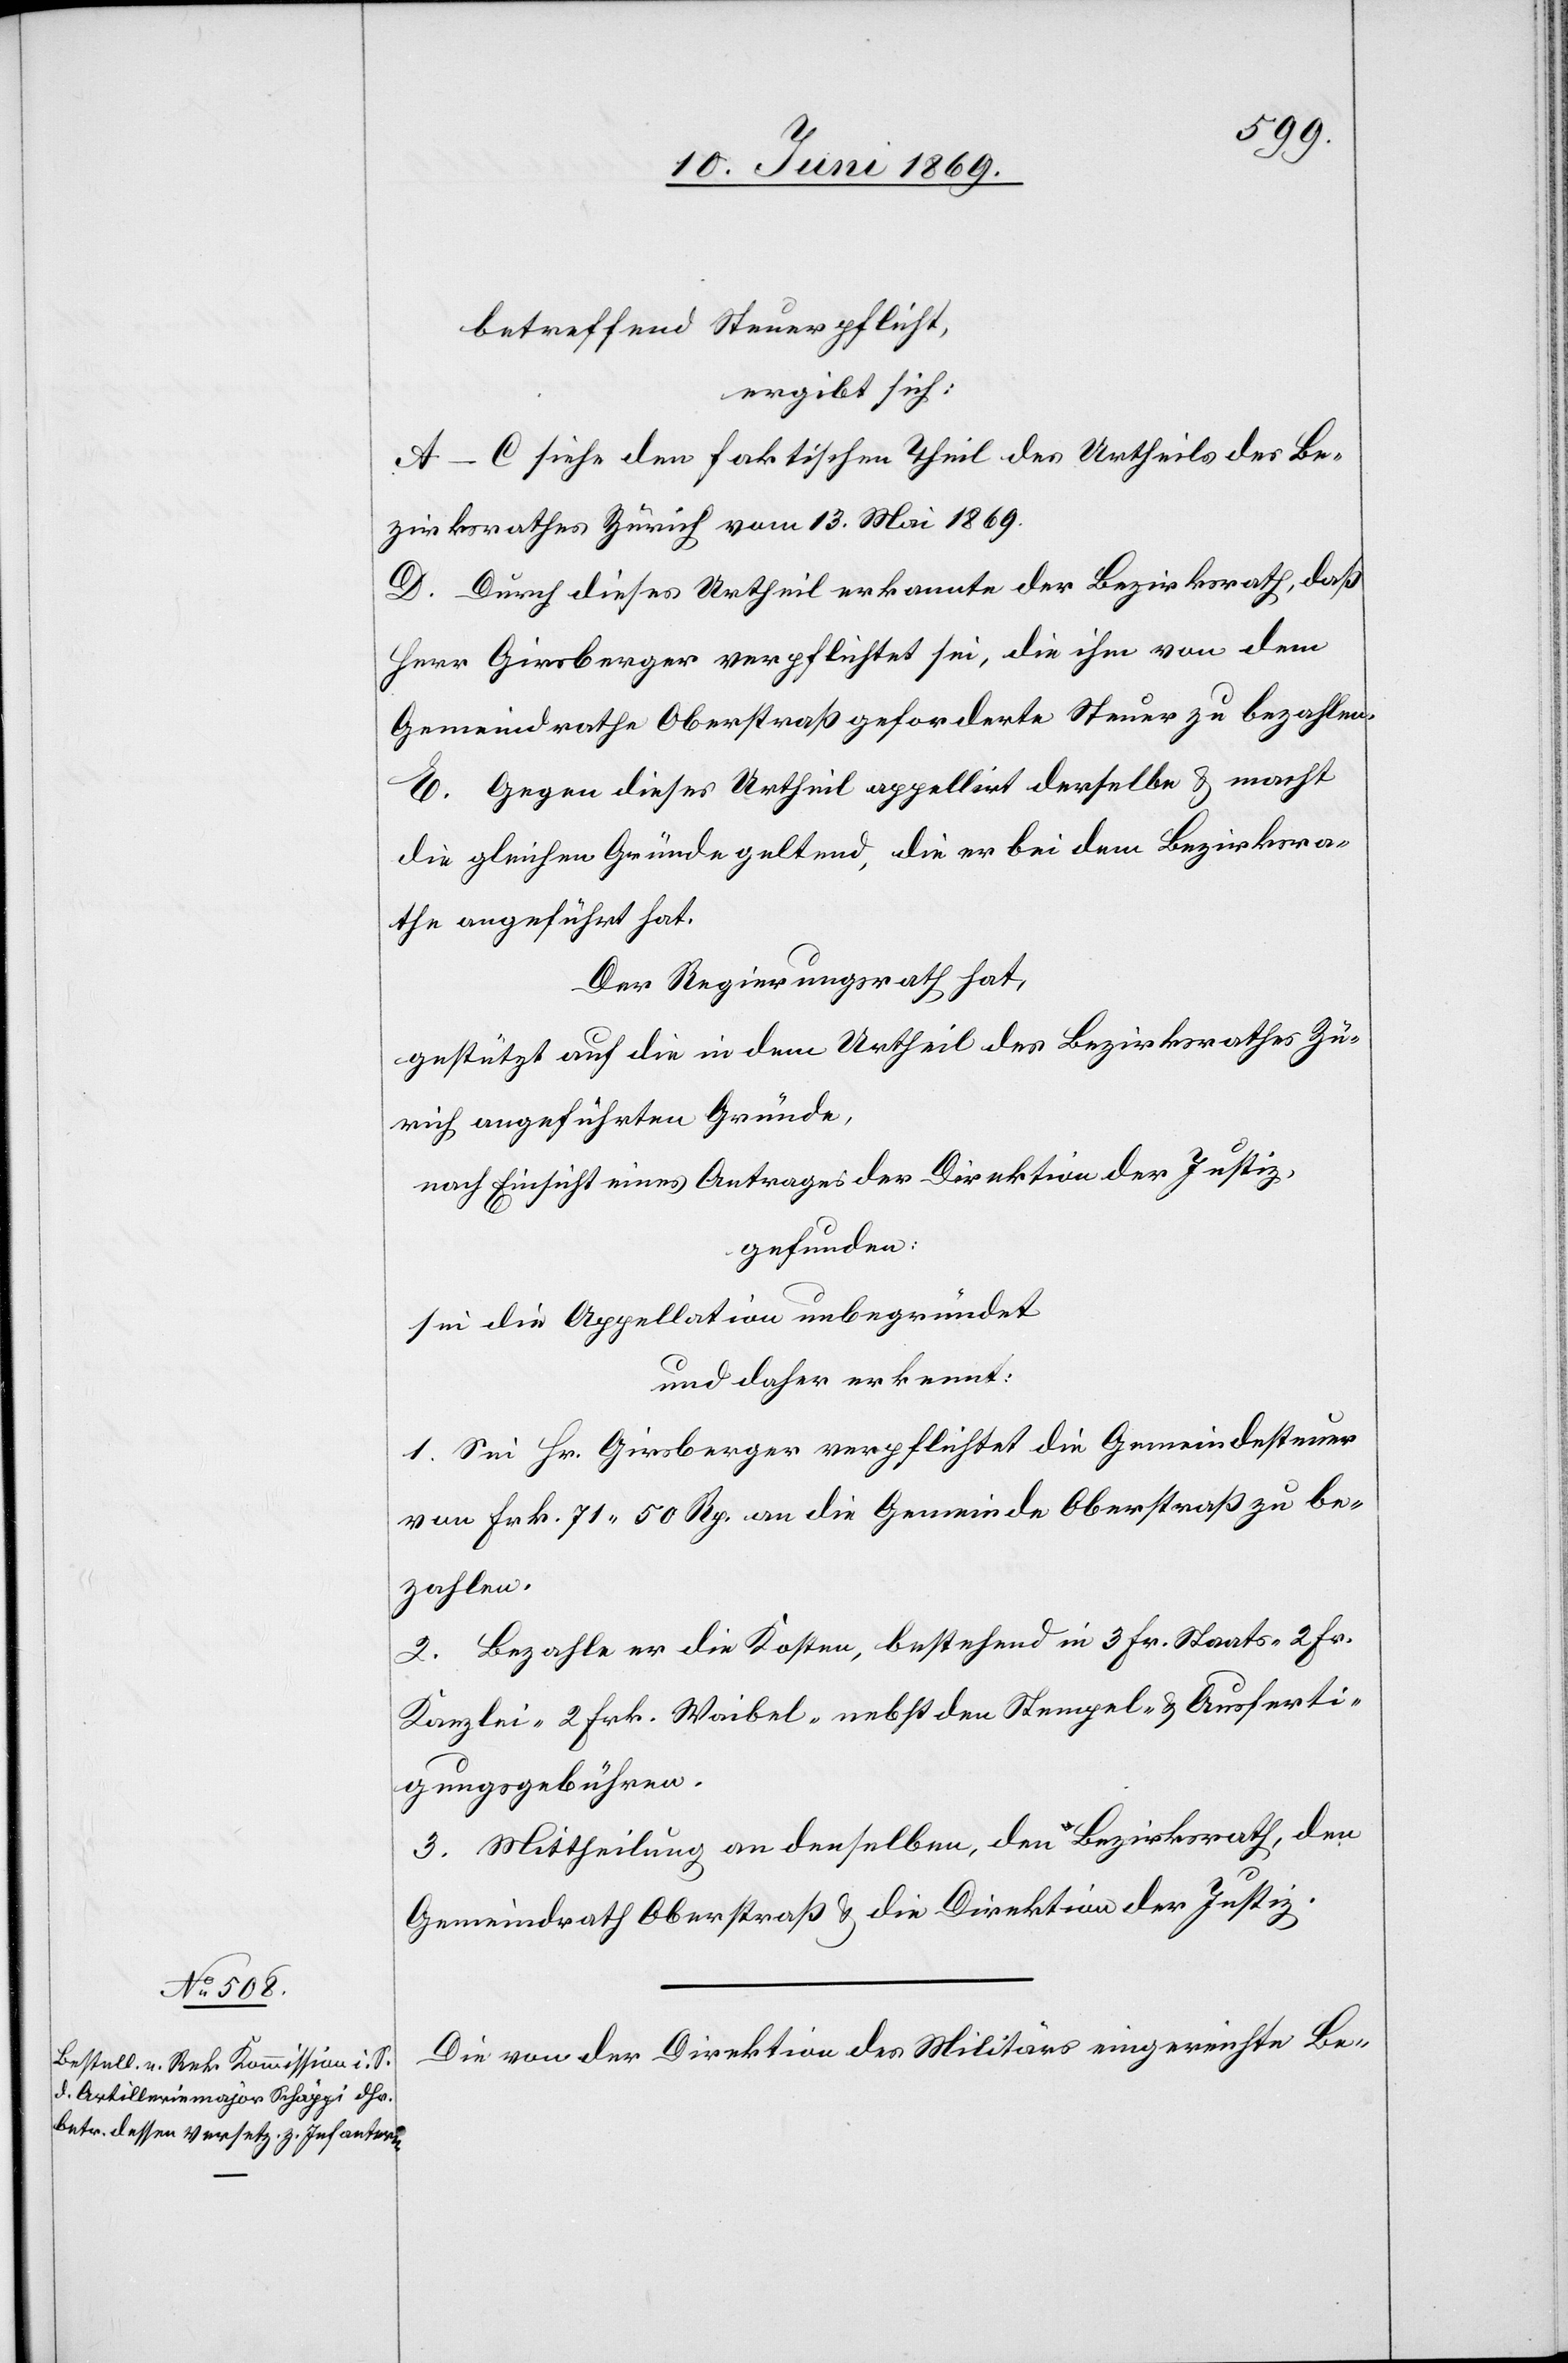
betreffend Steuerpflicht,
ergibt sich:
A–C. siehe dem faktischen Theil des Urtheils des Be¬
zirksrathes Zürich vom 13. Mai 1869.
Durch dieses Urtheil erkannte der Bezirksrath, daß
Herr Girsberger verpflichtet sei, die ihm von dem
Gemeindrathe Oberstraß geforderte Steuer zu bezahlen.
E. Gegen dieses Urtheil appellirt derselbe u. macht
die gleichen Gründe geltend, die er bei dem Bezirksra¬
the angeführt hat.
Der Regierungsrath hat,
gestützt auf die in dem Urtheil des Bezirksrathes Zü¬
rich angeführten Gründe,
nach Einsicht eines Antrages der Direktion der Justiz,
gefunden:
sei die Appellation unbegründet
und daher erkennt:
1. Sei Hr. Girsberger verpflichtet die Gemeindesteuer
von Frk. 71.50 Rp. an die Gemeinde Oberstraß zu be¬
zahlen.
2. Bezahle er die Kosten, bestehend in 3 Fr. Staats- 2 Fr.
Kanzlei- 2 Frk. Waibel- nebst den Stempel- u. Ausferti¬
gungsgebühren.
3. Mittheilung an denselben, den Bezirksrath, den
Gemeindrath Oberstraß u. die Direktion der Justiz.
Die von der Direktion des Militärs eingereichte Be-